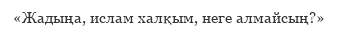
«Жадыңа, ислам халқым, неге алмайсың?»